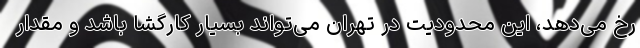
رخ می‌دهد، این محدودیت در تهران می‌تواند بسیار کارگشا باشد و مقدار